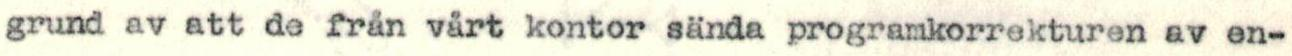
grund av att de från vårt kontor sända programkorrekturen av en-